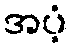
အပံ့